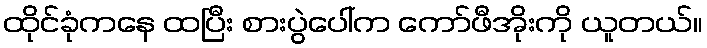
ထိုင်ခုံကနေ ထပြီး စားပွဲပေါ်က ကော်ဖီအိုးကို ယူတယ်။